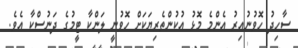
ސާހިދު ހޮވުނުއިރު އެންމެ މޮޅު އުކުންތެރިޔަކަށް ހޮވުނީ ލަންކާ ޓީމުގެ ދަނުސްކާ އެވެ.